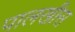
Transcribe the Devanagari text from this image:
पालखीस